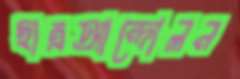
ছাত্রআন্দোলন